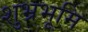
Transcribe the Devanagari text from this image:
शुभ्रभूमि